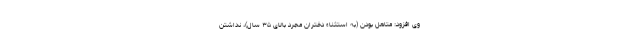
وی افزود: متاهل بودن (به استثناء دختران مجرد بالای ۳۵ سال)، نداشتن